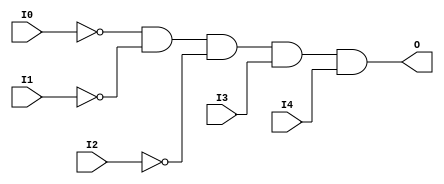
// $Header: /devl/xcs/repo/env/Databases/CAEInterfaces/verunilibs/s/AND5B3.v,v 1.8 2003/01/21 01:55:22 wloo Exp $

/*

FUNCTION	: 5-INPUT AND GATE

*/

`timescale  100 ps / 10 ps


module AND5B3 (O, I0, I1, I2, I3, I4);

    output O;

    input  I0, I1, I2, I3, I4;

    not N2 (i2_inv, I2);
    not N1 (i1_inv, I1);
    not N0 (i0_inv, I0);
    and A1 (O, i0_inv, i1_inv, i2_inv, I3, I4);

    specify
	(I0 *> O) = (0, 0);
	(I1 *> O) = (0, 0);
	(I2 *> O) = (0, 0);
	(I3 *> O) = (0, 0);
	(I4 *> O) = (0, 0);
    endspecify

endmodule